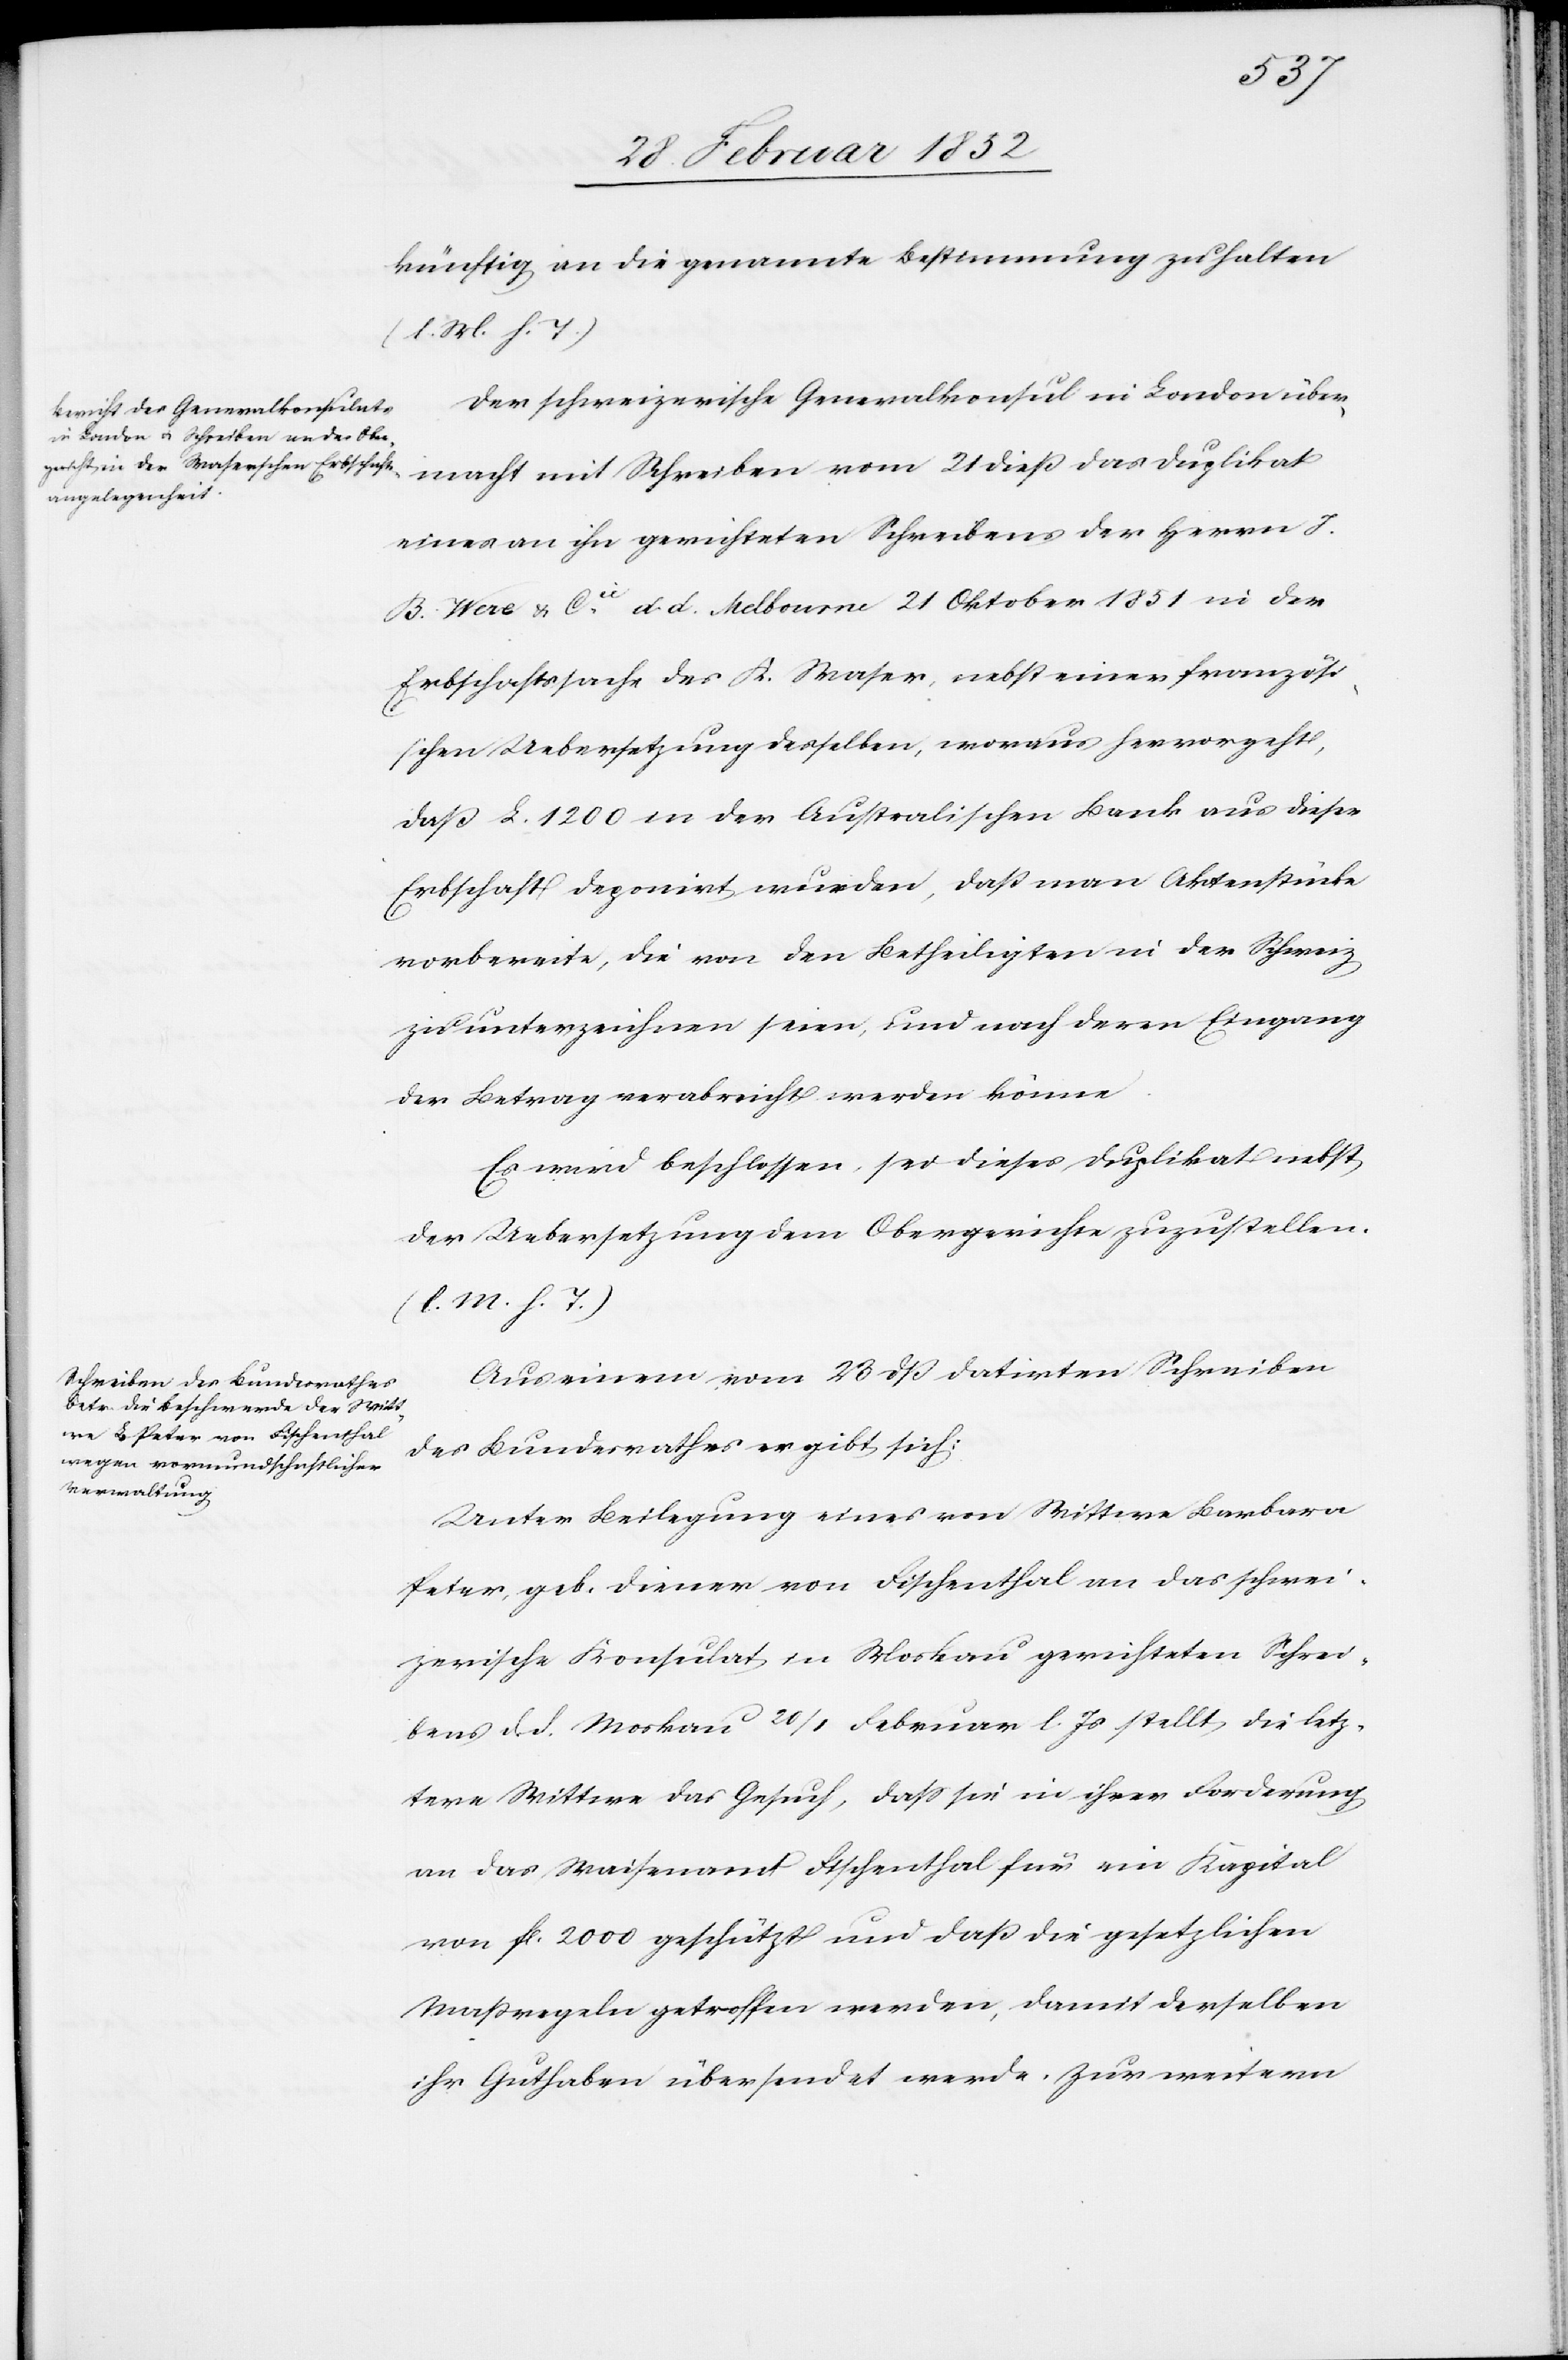
künftig an die genannte Bestimmung zu halten.
(l. M. h. T)
Der schweizerische Generalkonsul in London über¬
macht mit Schreiben vom 21 dieß das Duplikat
eines an ihn gerichteten Schreibens der Herrn J.
B. Wax u. Cie d. d. Melbourne 21 Oktober 1851 in der
Erbschaftssache des K. Waser, nebst einer französi¬
schen Uebersetzung desselben, woraus hervorgeht,
daß L. 1200 in der Australischen Bank aus dieser
Erbschaft deponirt wurden, daß man Aktenstücke
vorbereite, die von den Betheiligten in der Schweiz
zu unterzeichnen seien, und nach deren Eingang
der Betrag verabreicht werden könne.
Es wird beschlossen, sei dieses Duplikat nebst
der Uebersetzung dem Obergerichte zuzustellen
(l. M. h. T.)
Aus einem vom 23 dß datirten Schreiben
des Bundesrathes ergibt sich:
Unter Beilegung eines von Wittwe Barbara
Peter, geb. Diener von Fischenthal an das schwei¬
zerische Konsulat in Moskau gerichteten Schrei¬
bens d. d. Moskau 20/1 Februar l. Js stellt die letz¬
tere Wittwe das Gesuch, daß sie in ihrer Forderung
an das Waisenamt Fischenthal für ein Kapital
von fl. 2000 geschützt und daß die gesetzlichen
Maßregeln getroffen werden, damit derselben
ihr Guthaben übersendet werde. Zur weitern